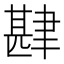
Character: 𮌅